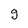
Character: g